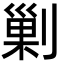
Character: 剿